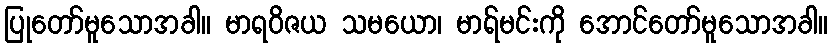
ပြုတော်မူသောအခါ။ မာရဝိဇယ သမယော၊ မာရ်မင်းကို အောင်တော်မူသောအခါ။